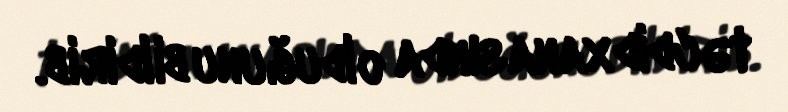
təcdidxanasında olduğunu bildirib.